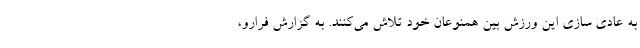
به عادی سازی این ورزش بین همنوعان خود تلاش می‌کنند. به گزارش فرارو،